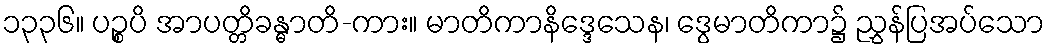
၁၃၃၆။ ပဉ္စပိ အာပတ္တိခန္ဓာတိ-ကား။ မာတိကာနိဒ္ဒေသေန၊ ဒွေမာတိကာ၌ ညွှန်ပြအပ်သော